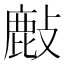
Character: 𢿇